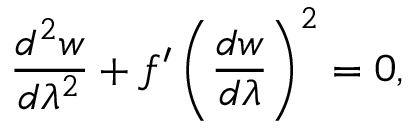
\frac { d ^ { 2 } w } { d \lambda ^ { 2 } } + f ^ { \prime } \left( \frac { d w } { d \lambda } \right) ^ { 2 } = 0 ,